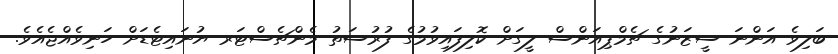
ބަލިވެ އަންނަ ސީޒަނުގެ ޗެމްޕިއަންސް ލީގަށް ކޮލިފައިވުމުގެ ފުރުސަތު މެންޗެސްޓަރ ޔުނައިޓެޑަށް ހަނިވެއްޖެއެވެ.